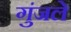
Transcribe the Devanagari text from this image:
गुंजले